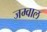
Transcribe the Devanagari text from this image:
जम्वाल